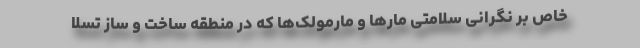
خاص بر نگرانی سلامتی مارها و مارمولک‌ها که در منطقه ساخت و ساز تسلا